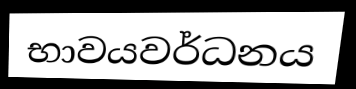
භාවයවර්ධනය